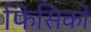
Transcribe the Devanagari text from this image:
फिसिको